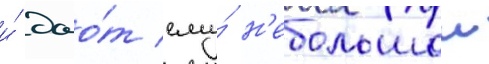
и́ дао́т ему́ н'ебольшои